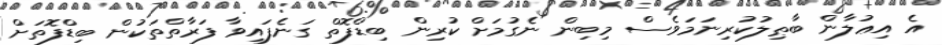
އެ އިޢުލާން ބާޠިލުކުރިނަމަވެސް މިބިން ނެގުމަށް ކުރިން ބިޑްފޮތް ގަނެފައިވާ ފަރާތްތަކުން ބިޑްފޮތަށް